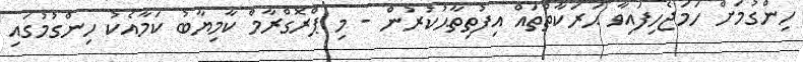
ހިންގުމަށް ހަމަޖެހިފައިވާ ޙަރަކާތްތައް އިފުތިތާޙުކުރުން - މި ޕްރޮގްރާމް ކާމިޔާބު ކަމާއެކު ހިންގުމުގައި